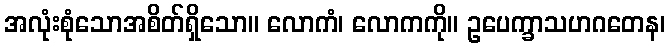
အလုံးစုံသောအစိတ်ရှိသော။ လောကံ၊ လောကကို။ ဥပေက္ခာသဟဂတေန၊